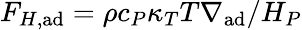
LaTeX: F_{H,\mathrm{ad}}=\rho c_{P}\kappa_{T}T\nabla_{\mathrm{ad}}/H_{P}